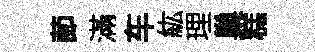
莭滿车紘理巢糕